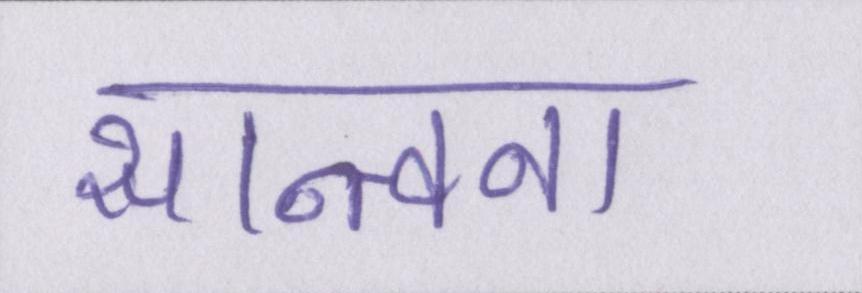
सान्त्वना